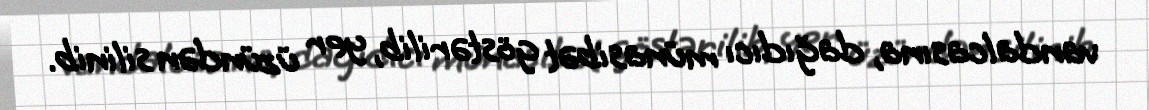
vandalcasına, dağıdıcı münasibət göstərilib, yer üzündən silinib.